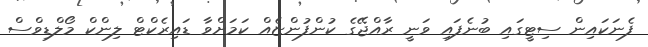
ފެނަކައިން ސިޓީގައި ބުނެފައި ވަނީ ރާއްޖޭގެ ކުންފުންޏެއް ކަމަށްވާ ޑައިރެކްޓް ލިންކް މޯލްޑިވްސް